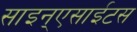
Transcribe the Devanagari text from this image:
साइन्एसाईटस